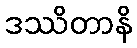
ဒဿိတာနိ